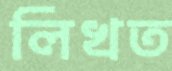
লিখত